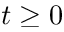
t \geq 0